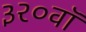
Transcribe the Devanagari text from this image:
३२०वॉ